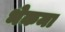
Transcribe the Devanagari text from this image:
भेकमा